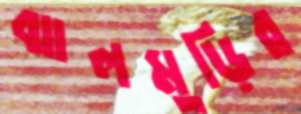
ঝালমুড়ির